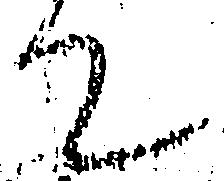
て